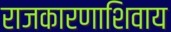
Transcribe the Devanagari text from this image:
राजकारणाशिवाय